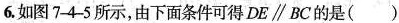
6. 如图74-5所示，由下面条件可得DE \parallel BC的是( )